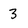
Character: 3